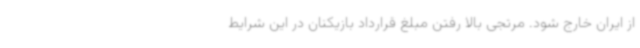
از ایران خارج شود. مرتجی بالا رفتن مبلغ قرارداد بازیکنان در این شرایط